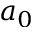
a _ { 0 }